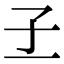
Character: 𡤽